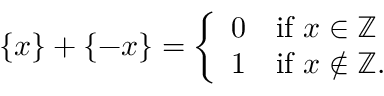
\{ x \} + \{ - x \} = { \left\{ \begin{array} { l l } { 0 } & { { \mathrm { i f ~ } } x \in \mathbb { Z } } \\ { 1 } & { { \mathrm { i f ~ } } x \not \in \mathbb { Z } . } \end{array} \right. }